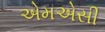
એમએસી